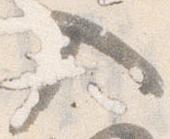
入